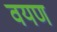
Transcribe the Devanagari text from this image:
वयण